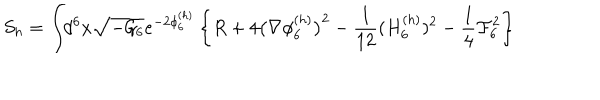
S _ { h } = \int \! \! d ^ { 6 } x \sqrt { - { \cal G } _ { 6 } } e ^ { - 2 \phi _ { 6 } ^ { ( h ) } } \left\{ R + 4 \big ( \nabla \phi _ { 6 } ^ { ( h ) } \big ) ^ { 2 } - { \frac { 1 } { 1 2 } } ( H _ { 6 } ^ { ( h ) } ) ^ { 2 } - { \frac { 1 } { 4 } } { \cal F } _ { 6 } ^ { 2 } \right\}